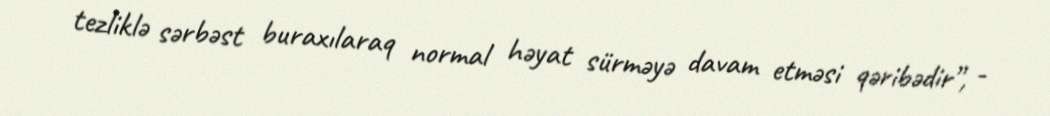
tezliklə sərbəst buraxılaraq normal həyat sürməyə davam etməsi qəribədir”, -